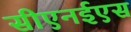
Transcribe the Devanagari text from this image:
सीएनईएस